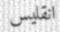
انقليس